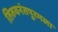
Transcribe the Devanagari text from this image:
तिरुवनंतपुरमला